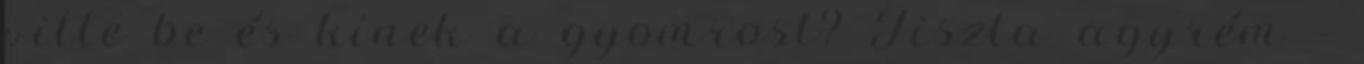
vitte be és kinek a gyomrost? Tiszta agyrém –